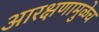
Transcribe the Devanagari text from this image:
आरक्षणामुळेच